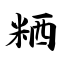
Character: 粞